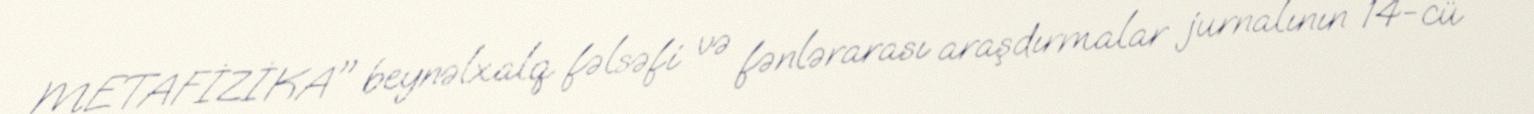
METAFİZİKA" beynəlxalq fəlsəfi və fənlərarası araşdırmalar jurnalının 14-cü